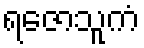
ရဇောသူကံ